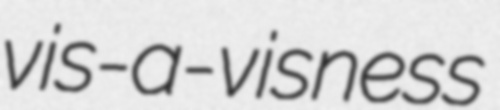
vis-a-visness